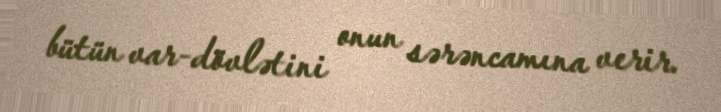
bütün var-dövlətini onun sərəncamına verir.